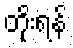
တိုးရန်